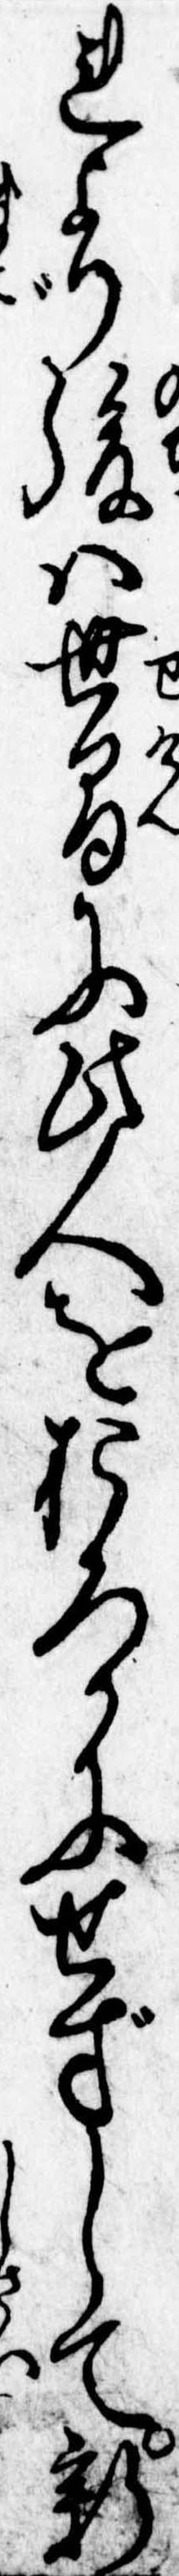
れより後は世間に此人をおろかにせずして新